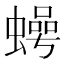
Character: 𮔵